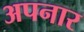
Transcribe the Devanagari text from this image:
अपनार